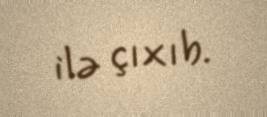
ilə çıxıb.